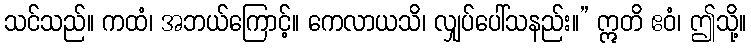
သင်သည်။ ကထံ၊ အဘယ်ကြောင့်။ ကေလာယသိ၊ လျှပ်ပေါ်သနည်း။” ဣတိ ဧဝံ၊ ဤသို့။